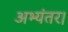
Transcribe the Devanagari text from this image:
अभ्यंतर।